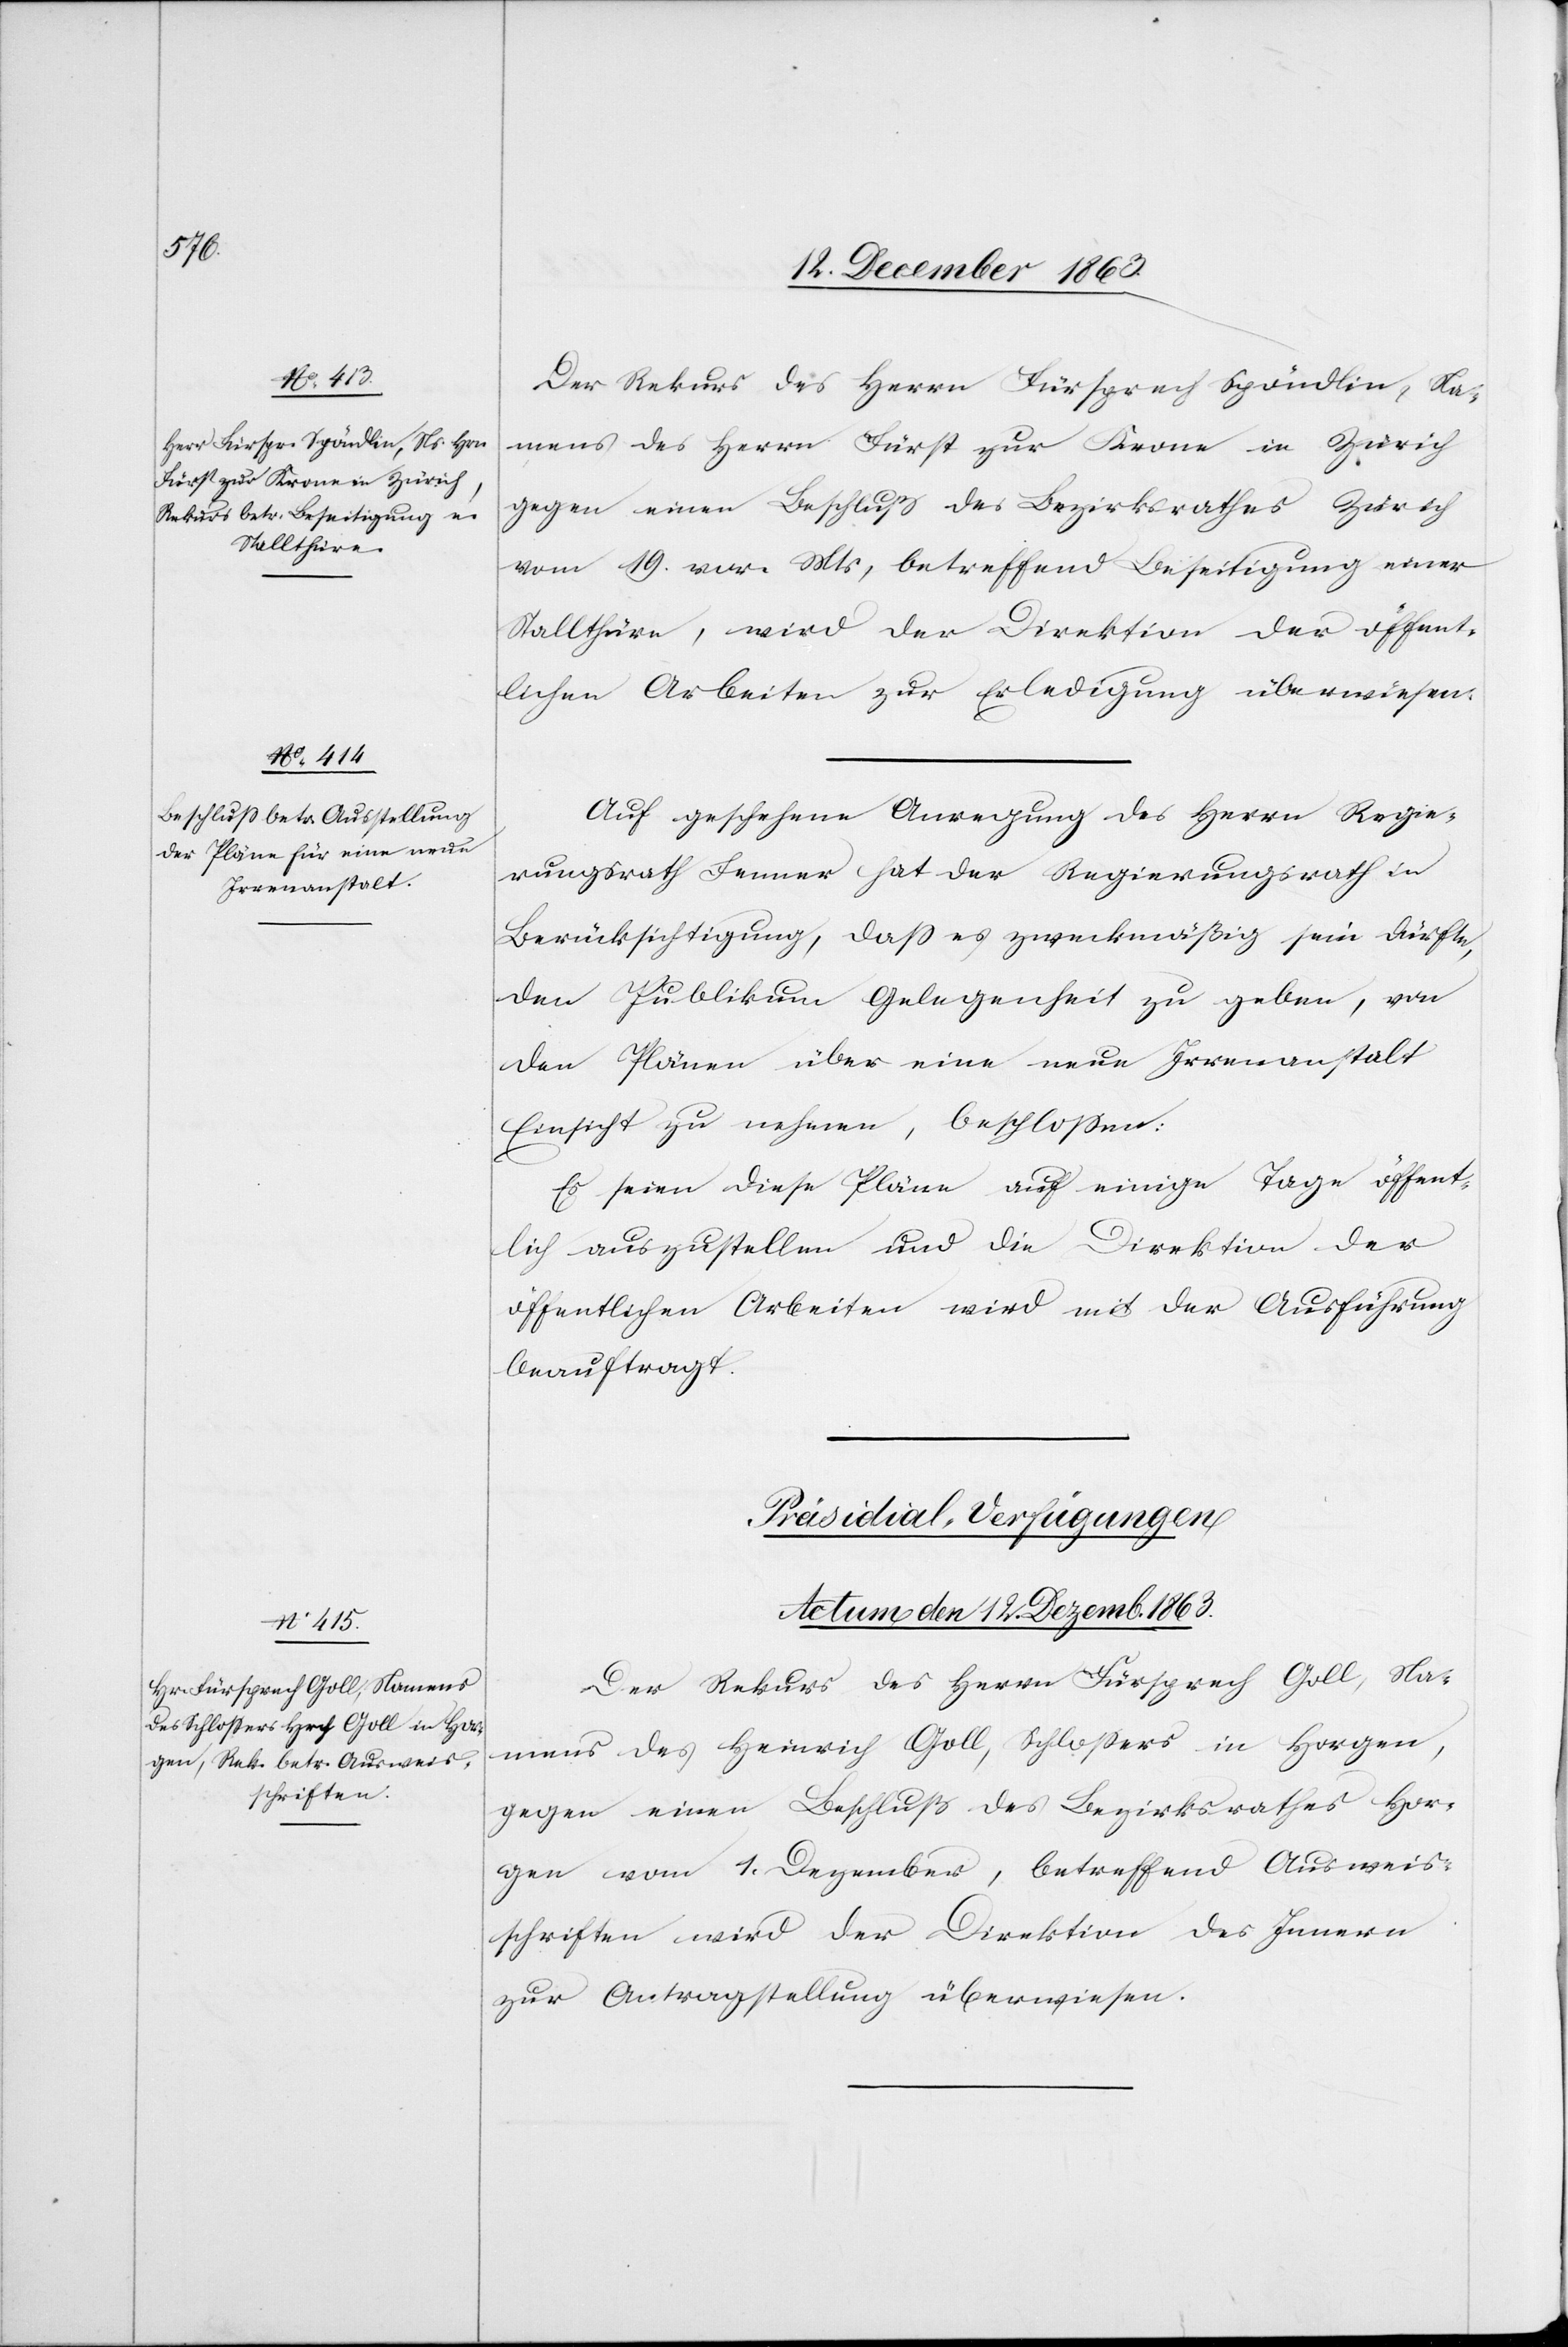
Der Rekurs des Herrn Fürsprech Spöndlin, Na¬
mens des Herrn Fürst zur Krone in Zürich
gegen einen Beschluß des Bezirksrathes Zürich
vom 19. vor. Mts, betreffend Beseitigung einer
Stallthüre, wird der Direktion der öffent¬
lichen Arbeiten zur Erledigung überwiesen.
Auf geschehene Anregung des Herrn Regie¬
rungsrath Fenner hat der Regierungsrath in
Berücksichtigung, dass es zweckmäßig sein dürfte,
den [sic!] Publikum Gelegenheit zu geben, von
den Plänen über eine neue Irrenanstalt
Einsicht zu nehmen, beschlossen:
Es seien diese Pläne auf einige Tage öffent¬
lich auszustellen und die Direktion der
öffentlichen Arbeiten wird mit der Ausführung
beauftragt.
Präsidial-Verfügungen
Actum den 12. Dezemb. 1863.
Der Rekurs des Herrn Fürsprech Goll, Na¬
mens des Heinrich Goll, Schlossers in Horgen,
gegen einen Beschluß des Bezirksrathes Hor¬
gen vom 1. Dezember, betreffend Ausweis¬
schriften wird der Direktion des Innern
zur Antragstellung überwiesen.